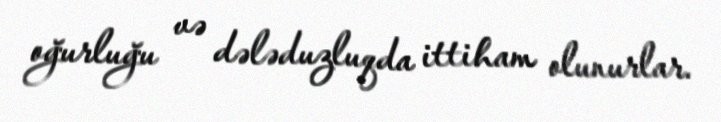
oğurluğu və dələduzluqda ittiham olunurlar.